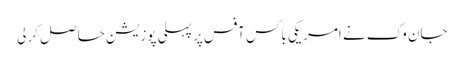
جان وک نے امریکی باکس آفس پر پہلی پوزیشن حاصل کرلی